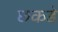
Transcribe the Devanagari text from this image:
छकडे